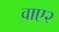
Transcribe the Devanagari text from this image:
वाए२